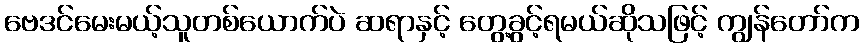
ဗေဒင်မေးမယ့်သူတစ်ယောက်ပဲ ဆရာနှင့် တွေ့ခွင့်ရမယ်ဆိုသဖြင့် ကျွန်တော်က